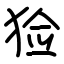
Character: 猃